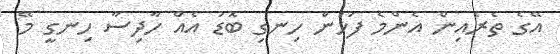
އޭގެ ތެރެއިން އެންމެ ފަހުން ހިނގި ބޮޑު އެއް ހާދިސާ ހިނގީ މޭ